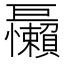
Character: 𱜝